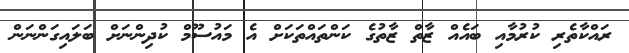
ރައްކާތެރި ކުރުމާއި ބައެއް ޒާތް ޒާތުގެ ކަންތައްތަކަށް އެ މައުސޫމް ކުދިންނަށް ބަލައިގަންނަން